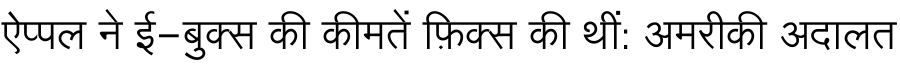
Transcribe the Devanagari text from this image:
ऐप्पल ने ई-बुक्स की कीमतें फ़िक्स की थीं: अमरीकी अदालत